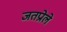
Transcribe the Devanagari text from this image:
जतप्रोले